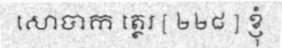
សោបាក ត្ថេរ [ ២២៨ ] ខ្ញុំ